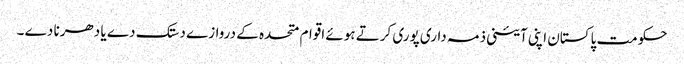
حکومت پاکستان اپنی آئینی ذمہ داری پوری کرتے ہوئے اقوام متحدہ کے دروازے دستک دے یا دھرنا دے ۔